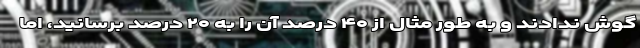
گوش ندادند و به طور مثال از ۴۰ درصد آن را به ۲۰ درصد برسانید، اما